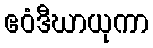
ဧဝံဒီဃာယုကာ